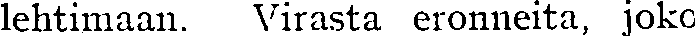
lehtimaan. Virasta eronneita, joko